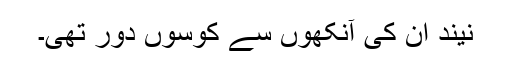
نیند اُن کی آنکھوں سے کوسوں دُور تھی۔